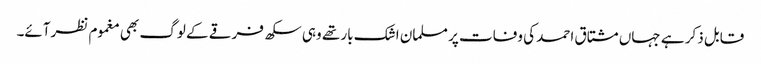
قابل ذکر ہے جہاں مشتاق احمد کی وفات پر مسلمان اشک بار تھے وہی سکھ فرقے کے لوگ بھی مغموم نظرآئے۔